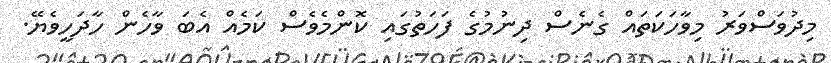
މިދުވަސްވަރު މިވާހަކަތައް ގެނެސް ދިނުމުގެ ފަހަތުގައި ކޮންމެވެސް ކަމެއް އެބަ ވާހެން ހާދަހީވެޔޭ.